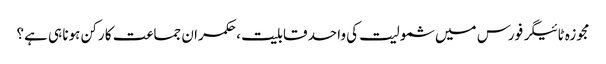
مجوزہ ٹائیگر فورس میں شمولیت کی واحد قابلیت ، حکمران جماعت کا رکن ہونا ہی ہے؟